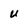
Character: U